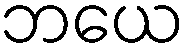
ဘယေ